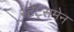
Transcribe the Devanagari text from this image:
स्‍टेट्समेन